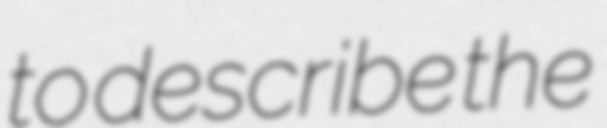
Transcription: to describe the